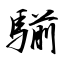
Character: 騚